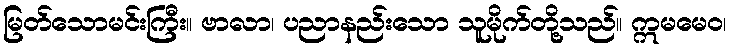
မြတ်သောမင်းကြီး။ ဗာလာ၊ ပညာနည်းသော သူမိုက်တို့သည်။ ဣမမေဝ၊